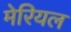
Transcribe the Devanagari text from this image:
मेरियल